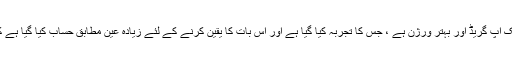
وائی ایچ ڈبلیو لائن آئتاکار کراس فلو کولنگ ٹاور وائی ایچ اے سیریز کا ایک اپ گریڈ اور بہتر ورژن ہے ، جس کا تجربہ کیا گیا ہے اور اس بات کا یقین کرنے کے لئے زیادہ عین مطابق حساب کیا گیا ہے کہ اس بات کا یقین کرنے کے لئے کہ اشارہ کیا ہوا پانی حاصل ہو گیا ہے۔